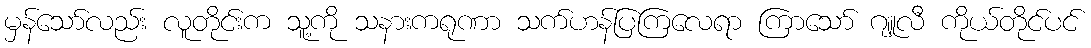
မှန်သော်လည်း လူတိုင်းက သူ့ကို သနားကရုဏာ သက်ဟန်ပြကြလေရာ ကြာသော် ဂျူလီ ကိုယ်တိုင်ပင်